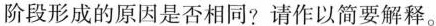
阶段形成的原因是否相同?请作以简要解释。